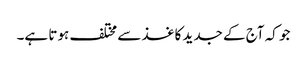
جو کہ آج کے جدید کاغذ سے مختلف ہوتا ہے۔